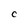
Character: C